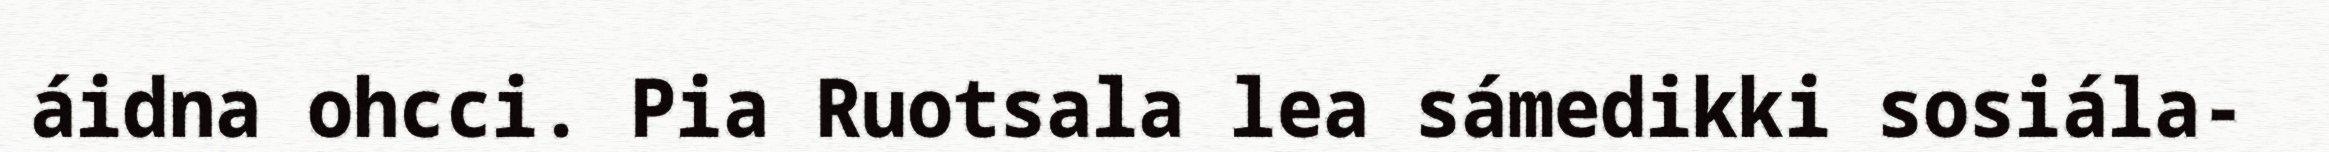
áidna ohcci. Pia Ruotsala lea sámedikki sosiála-